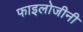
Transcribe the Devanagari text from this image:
फाइलोजीनी